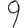
Digit: 9